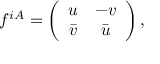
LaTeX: f ^ { i A } = \left( \begin{array} { c c } { { u } } & { { - v } } \\ { { \bar { v } } } & { { \bar { u } } } \end{array} \right) ,